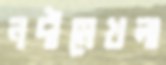
নদীমেখলা